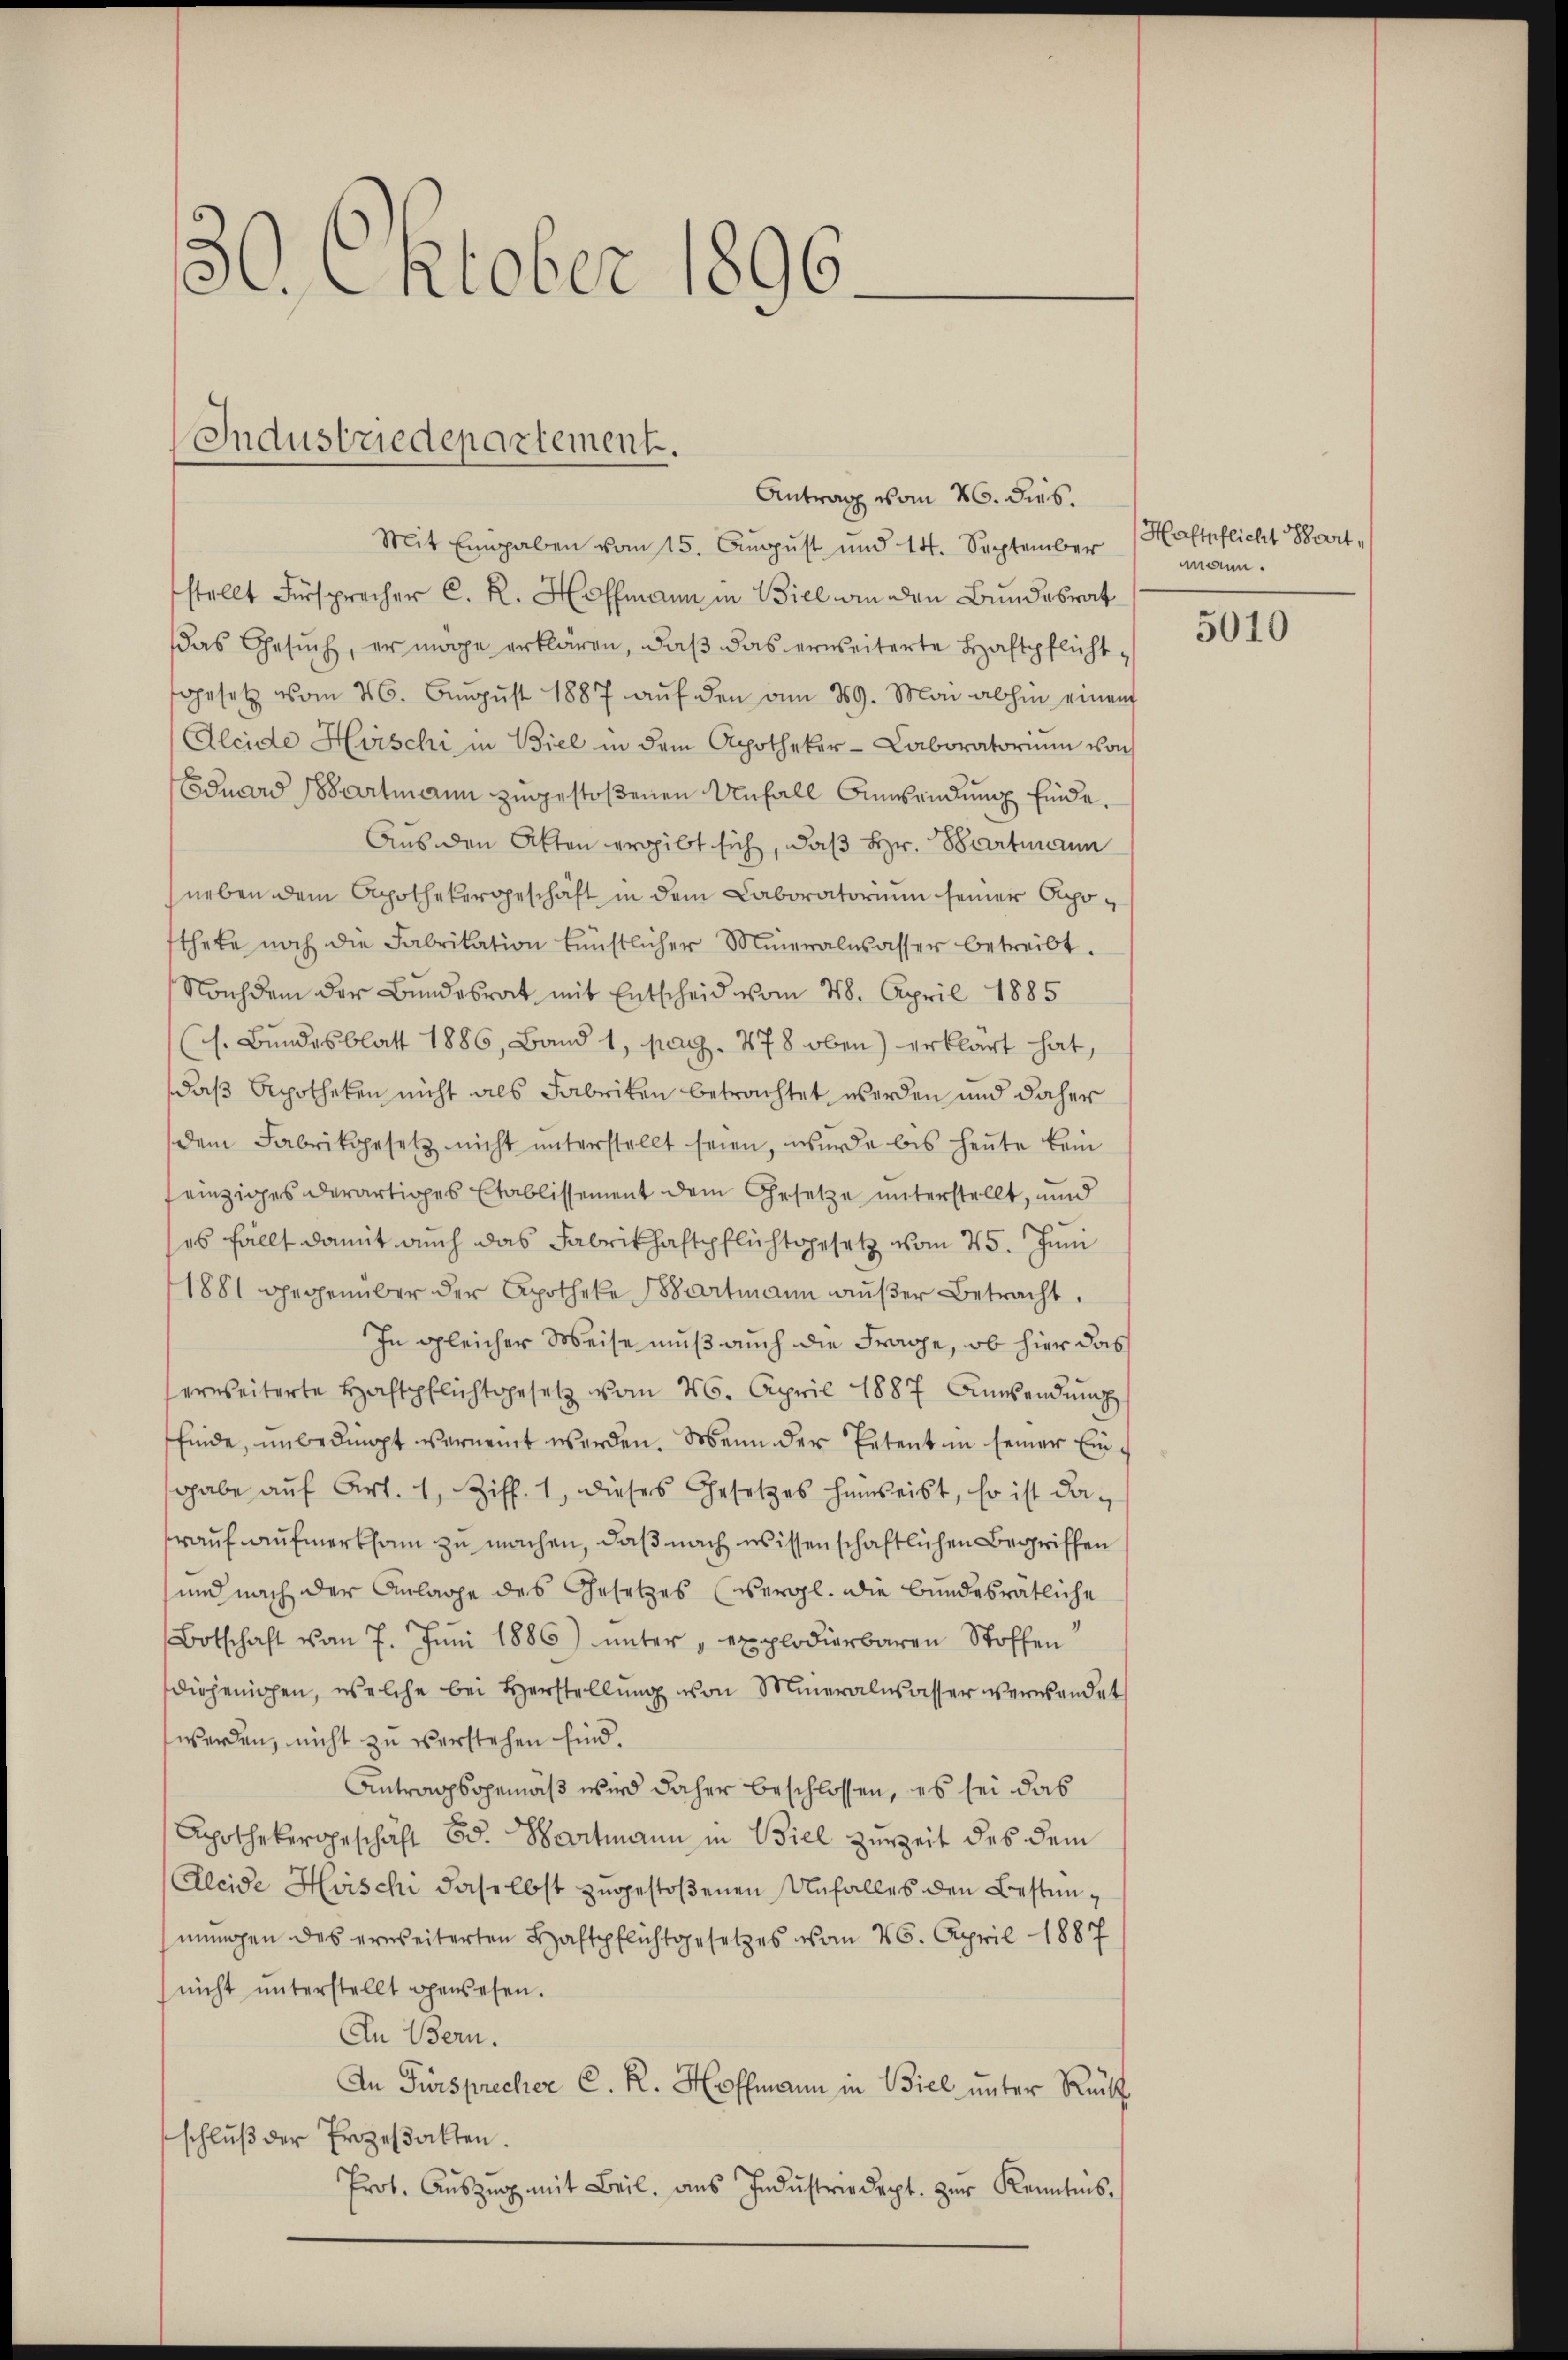
30. Oktober 1896

Industriedepartement.

Antrag vom 26. dies.
Mit Eingaben vom 15. Aŭgŭst und 14. September
stellt Fürsprecher C. R. Hoffmann in Biel an den Bundesrat
das Gesŭch, er möge erklären, daβ das erweiterte Haftpflicht.
gesetz vom 26. August 1887 aŭf den am 29. Mai abhin einem
Aleide Hirschi in Biel in dem Apotheker-Caboratoriŭm von
Eduard Wartmann zugestoßenen Unfall Anwendung finde¬
Aus den Atten ergibt sich, daß Hr. Wartmann
neben dem Apothekergeschäft in dem Laboratorium seiner Aposthete noch die Fabrikation künstlicher Mineralwasser betreibt.
Nachdem der Bundesrat mit Entscheid vom 28. April 1885
(s. Bundesblatt 1886, Band 1, pag. 478 oben) erklärt hat,
daß Apotheken nicht als Fabriken betrachtet worden und daher
dem Fabrikgesetz nicht unterstellt seien, wurde bis heute kein
einziges derartiges Etablissement dem Gesetze unterstellt, und
es fällt damit auch das Fabrikhaftpflichtgesetz vom 25. Juni
1881 gegenüber der Apotheke Bartmann außer Betracht.
In gleicher Weise muß auch die Frage, ob hier das
serweiterte Haftpflichtgesetz vom 26. April 1887 Anwendung
finde, unbedingt vernennt werden. Wenn der Petent in seiner Einsgabe aŭf Art. 1, Ziff. 1, dieses Gesetzes hauseibt, so ist darauf aufmerksam zu machen, daß nach wissenschaftlichen Begriffen
und nach der Anlage des Gesetzes (vergl. die bundesrätliche
Botschaft vom 7. Jŭni 1886) unter „explodierbaren Stoffen
diejenigen, welche bei Herstellung von Mineralwasser verwendet
werden, nicht zu verstehen sind.
Antragsgemäß wird daher beschlossen, es sei das
Apothekergeschäft Bd. Hartmann in Biel zurzeit des dem
Aleide Hirschi daselbst zugestoßenen Unfalles den Bestimmungen des erweiterten Haftpflichtgesetzes vom 26. April 1887
nicht ŭnterstellt gewesen.
An Bern.
An Fürsprecher C. R. Hoffmann in Biel unter Rück
schluß der Erzeßakten.
Prot. Aŭszŭg mit Beil, aŭs Indŭstriedept. zŭr Kenntnis.

Haftpflicht Bart
mann.
5010